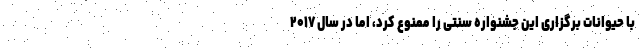
با حیوانات برگزاری این جشنواره سنتی را ممنوع کرد، اما در سال ۲۰۱۷